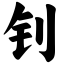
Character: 钊